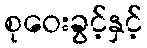
စုဝေးခွင့်နှင့်